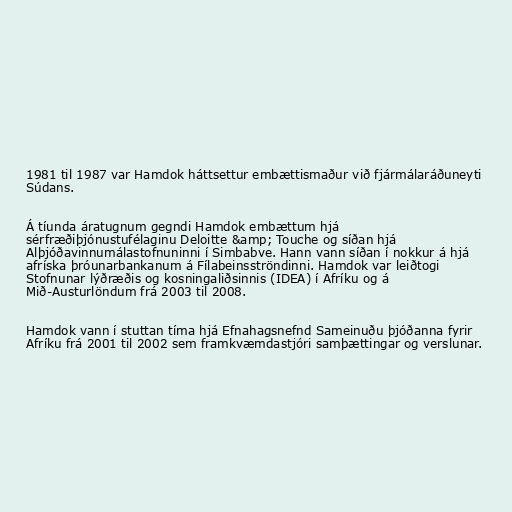
1981 til 1987 var Hamdok háttsettur embættismaður við fjármálaráðuneyti
Súdans.

Á tíunda áratugnum gegndi Hamdok embættum hjá
sérfræðiþjónustufélaginu Deloitte &amp; Touche og síðan hjá
Alþjóðavinnumálastofnuninni í Simbabve. Hann vann síðan í nokkur á hjá
afríska þróunarbankanum á Fílabeinsströndinni. Hamdok var leiðtogi
Stofnunar lýðræðis og kosningaliðsinnis (IDEA) í Afríku og á
Mið-Austurlöndum frá 2003 til 2008.

Hamdok vann í stuttan tíma hjá Efnahagsnefnd Sameinuðu þjóðanna fyrir
Afríku frá 2001 til 2002 sem framkvæmdastjóri samþættingar og verslunar.